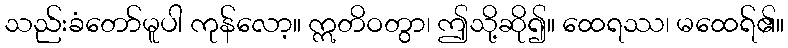
သည်းခံတော်မူပါ ကုန်လော့။ ဣတိဝတွာ၊ ဤသို့ဆို၍။ ထေရဿ၊ မထေရ်၏။